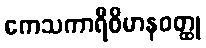
ကေသကာရီဝိမာနဝတ္ထု